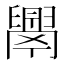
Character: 𦦝